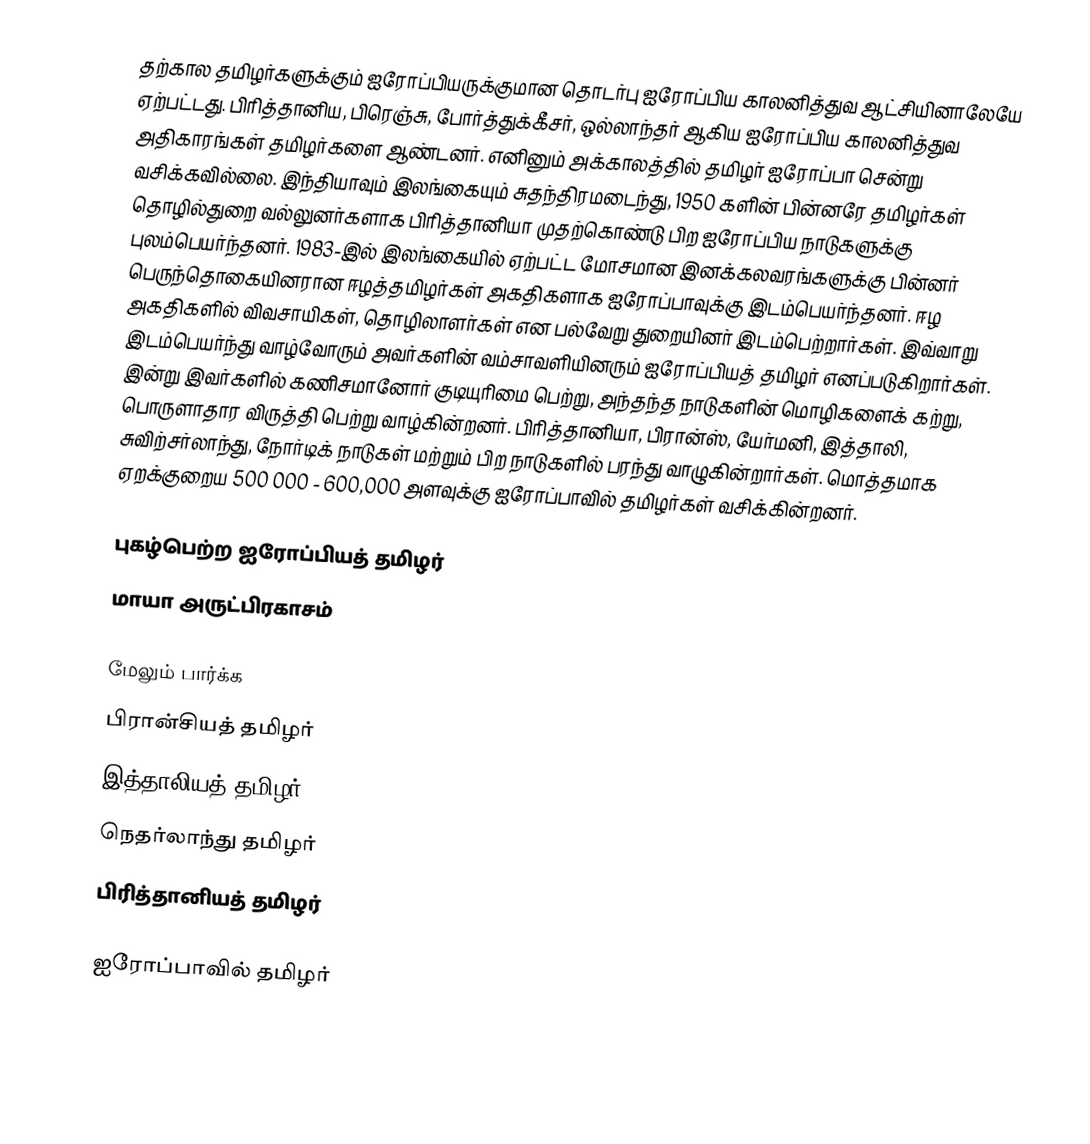
தற்கால தமிழர்களுக்கும் ஐரோப்பியருக்குமான தொடர்பு ஐரோப்பிய காலனித்துவ ஆட்சியினாலேயே ஏற்பட்டது. பிரித்தானிய, பிரெஞ்சு, போர்த்துக்கீசர், ஒல்லாந்தர் ஆகிய ஐரோப்பிய காலனித்துவ அதிகாரங்கள் தமிழர்களை ஆண்டனர். எனினும் அக்காலத்தில் தமிழர் ஐரோப்பா சென்று வசிக்கவில்லை. இந்தியாவும் இலங்கையும் சுதந்திரமடைந்து, 1950 களின் பின்னரே தமிழர்கள் தொழில்துறை வல்லுனர்களாக பிரித்தானியா முதற்கொண்டு பிற ஐரோப்பிய நாடுகளுக்கு புலம்பெயர்ந்தனர். 1983-இல் இலங்கையில் ஏற்பட்ட மோசமான இனக்கலவரங்களுக்கு பின்னர் பெருந்தொகையினரான ஈழத்தமிழர்கள் அகதிகளாக ஐரோப்பாவுக்கு இடம்பெயர்ந்தனர். ஈழ அகதிகளில் விவசாயிகள், தொழிலாளர்கள் என பல்வேறு துறையினர் இடம்பெற்றார்கள். இவ்வாறு இடம்பெயர்ந்து வாழ்வோரும் அவர்களின் வம்சாவளியினரும் ஐரோப்பியத் தமிழர் எனப்படுகிறார்கள். இன்று இவர்களில் கணிசமானோர் குடியுரிமை பெற்று, அந்தந்த நாடுகளின் மொழிகளைக் கற்று, பொருளாதார விருத்தி பெற்று வாழ்கின்றனர். பிரித்தானியா, பிரான்ஸ், யேர்மனி, இத்தாலி, சுவிற்சர்லாந்து, நோர்டிக் நாடுகள் மற்றும் பிற நாடுகளில் பரந்து வாழுகின்றார்கள்.  மொத்தமாக ஏறக்குறைய 500 000 - 600,000 அளவுக்கு ஐரோப்பாவில் தமிழர்கள் வசிக்கின்றனர்.

புகழ்பெற்ற ஐரோப்பியத் தமிழர்
 மாயா அருட்பிரகாசம்

மேலும் பார்க்க
 பிரான்சியத் தமிழர்
 இத்தாலியத் தமிழர்
 நெதர்லாந்து தமிழர்
 பிரித்தானியத் தமிழர்

ஐரோப்பாவில் தமிழர்